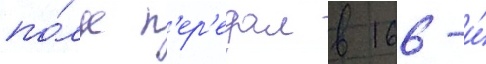
по́лк п'ер'едал в 166-и́